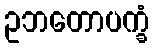
ဥဘတောပက္ခံ